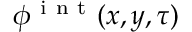
\phi ^ { \mathrm { ~ i ~ n ~ t ~ } } ( x , y , \tau )